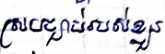
ស្របច្បាប់របស់ខ្លួន